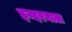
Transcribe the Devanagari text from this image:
इन्दरवाल